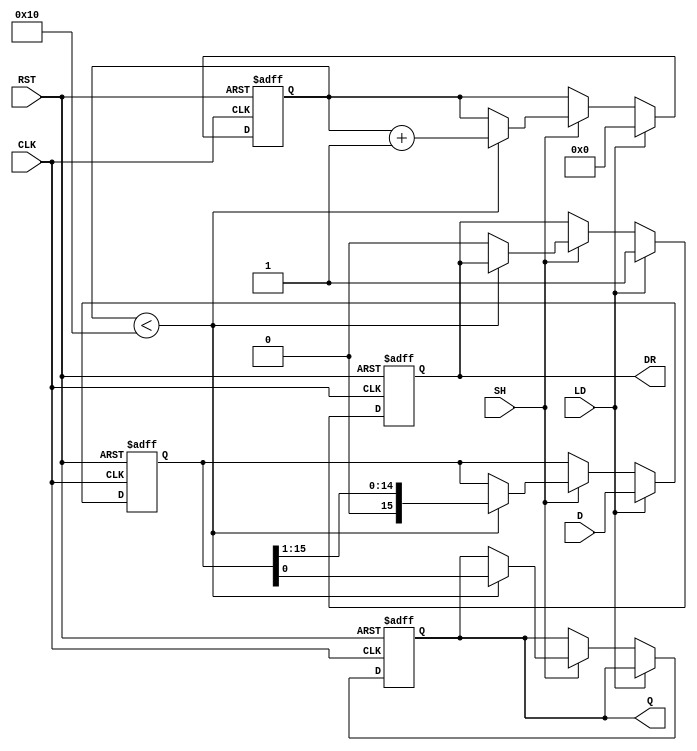
module PISO_Register (
    input wire [15:0] D,     // Parallel data input
    input wire LD,           // Load signal
    input wire SH,           // Shift signal
    input wire CLK,          // Clock signal
    input wire RST,          // Reset signal
    output reg Q,            // Serial output
    output reg DR            // Data ready output
);

    reg [15:0] shift_reg;    // 16-bit shift register
    reg [4:0] shift_count;   // Counter to track shifts (up to 16)

    // Asynchronous reset and loading logic
    always @(posedge CLK or posedge RST) begin
        if (RST) begin
            shift_reg <= 16'b0; // Clear the shift register
            Q <= 1'b0;          // Reset serial output
            DR <= 1'b0;         // Data not ready
            shift_count <= 5'b0; // Reset shift counter
        end else begin
            if (LD) begin
                shift_reg <= D;  // Load data into shift register
                DR <= 1'b1;      // Set data ready signal
                shift_count <= 5'b0; // Reset shift counter
            end else if (SH) begin
                if (shift_count < 16) begin
                    Q <= shift_reg[0]; // Output LSB
                    shift_reg <= {1'b0, shift_reg[15:1]}; // Shift right
                    shift_count <= shift_count + 1; // Increment shift counter
                end else begin
                    DR <= 1'b0; // Reset data ready signal after all bits shifted
                end
            end
        end
    end

endmodule